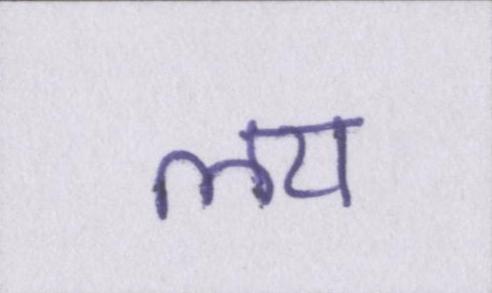
लय